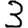
Digit: 3